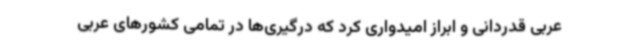
عربی قدردانی و ابراز امیدواری کرد که درگیری‌ها در تمامی کشورهای عربی